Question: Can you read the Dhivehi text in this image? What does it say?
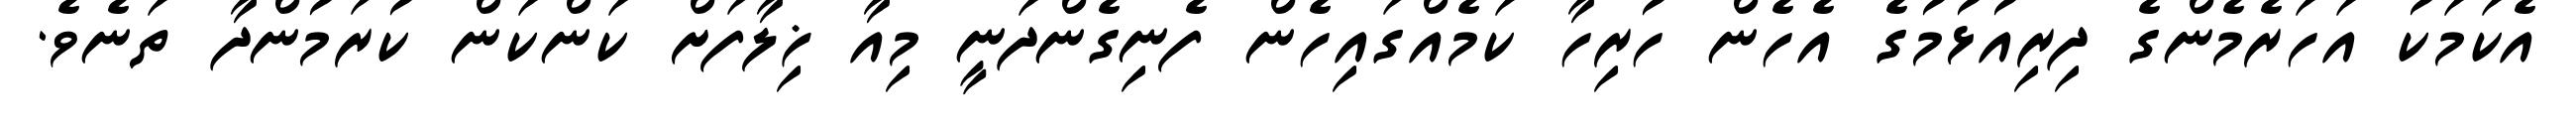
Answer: އެކަމަކު އަހަރެމެންގެ ދިރިއުޅުމުގެ އެހެން ހުރިހާ ކަމެއްގައިހެން ފެނިގެންދަނީ މިއާ ޚިލާފަށް ކަންކަން ކުރަމުންދާ ތަނެވެ.